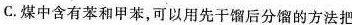
C.煤中含有苯和甲苯，可以用先干馏后分馏的方法把